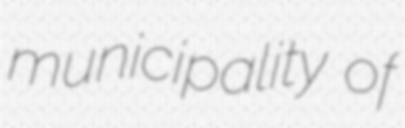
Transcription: municipality of